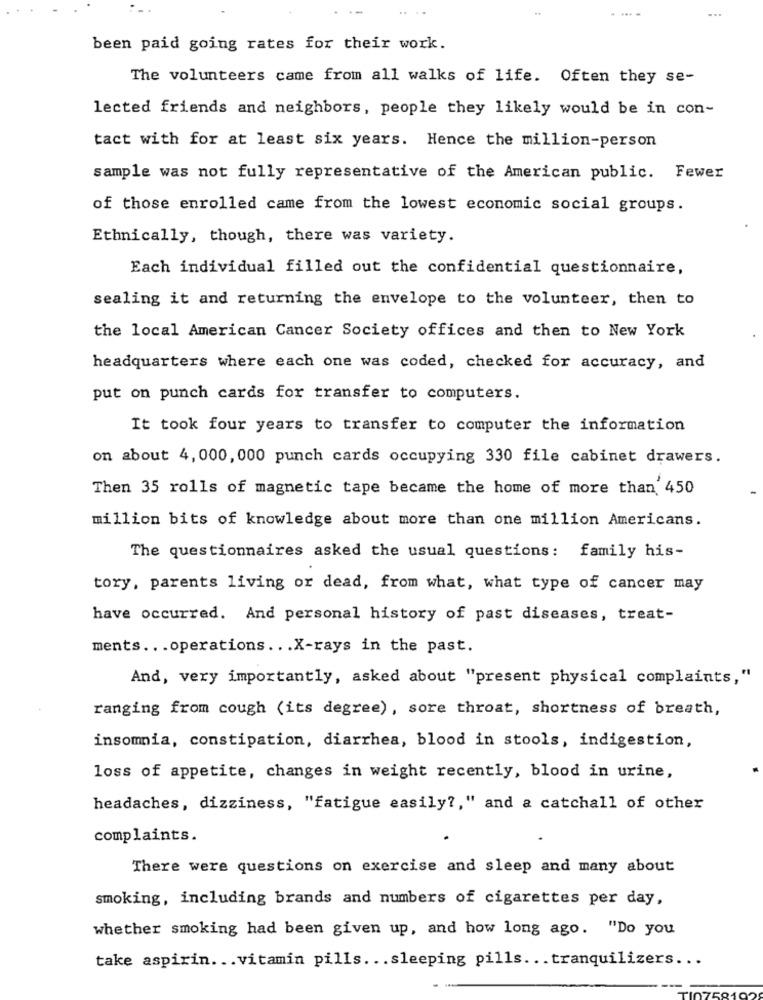
been paid going rates for their work.
The volunteers came from all walks of life. Often they se-
lected friends and neighbors, people they likely would be in con-
tact with for at least six years. Hence the million-person
sample was not fully representative of the American public. Fewer
of those enrolled came from the lowest economic social groups.
Ethnically, though, there was variety.
Each individual filled out the confidential questionnaire,
sealing it and returning the envelope to the volunteer, then to
the local American Cancer Society offices and then to New York
headquarters where each one was coded, checked for accuracy, and
put on punch cards for transfer to computers.
It took four years to transfer to computer the information
on about 4, 000, 000 punch cards occupying 330 file cabinet drawers.
Then 35 rolls of magnetic tape became the home of more than 450
million bits of knowledge about more than one million Americans.
The questionnaires asked the usual questions: family his-
tory, parents living or dead, from what, what type of cancer may
have occurred. And personal history of past diseases, treat-
ments ... operations ... X-rays in the past.
And, very importantly, asked about "present physical complaints,"
ranging from cough (its degree), sore throat, shortness of breath,
insomnia, constipation, diarrhea, blood in stools, indigestion,
loss of appetite, changes in weight recently, blood in urine,
headaches, dizziness, "fatigue easily ?, " and a catchall of other
complaints.
There were questions on exercise and sleep and many about
smoking, including brands and numbers of cigarettes per day,
whether smoking had been given up, and how long ago. "Do you
take aspirin ... vitamin pills ... sleeping pills ... tranquilizers ...